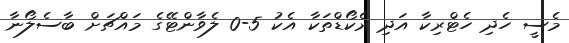
މެސީ ހެދި ހެޓްރިކާ އަދި ރެކޯޑްތަކާ އެކު 5-0 ލެވާންޓޭގެ މައްޗަށް ބާސެލޯނާ